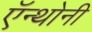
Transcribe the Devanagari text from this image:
ऍन्थोनी